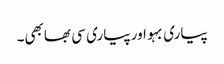
پیاری بہو اور پیاری سی بھابھی۔